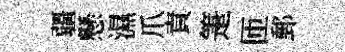
疆懸濕爪責箑匝郵